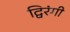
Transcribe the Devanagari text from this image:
द्विरंगी